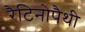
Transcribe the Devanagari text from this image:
रैटिनोपैथी